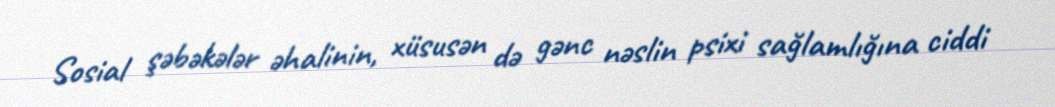
Sosial şəbəkələr əhalinin, xüsusən də gənc nəslin psixi sağlamlığına ciddi